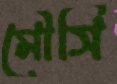
মৌসি